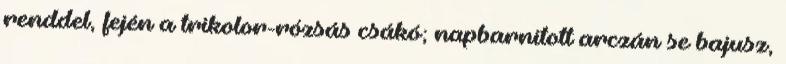
renddel, fején a trikolor-rózsás csákó; napbarnított arczán se bajusz,